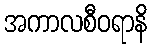
အကာလစီဝရာနိ